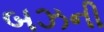
બઝની